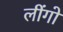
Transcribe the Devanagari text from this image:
लींगो